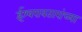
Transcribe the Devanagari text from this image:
ईश्वरावतारांच्या